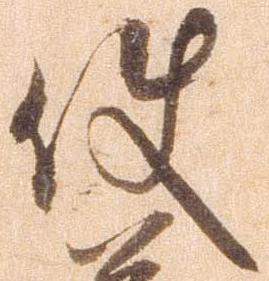
使